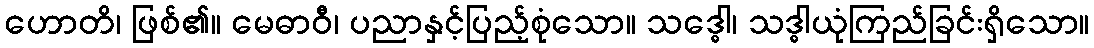
ဟောတိ၊ ဖြစ်၏။ မေဓာဝီ၊ ပညာနှင့်ပြည့်စုံသော။ သဒ္ဓေါ၊ သဒ္ဓါယုံကြည်ခြင်းရှိသော။